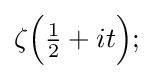
\zeta {\Bigl (}{\tfrac {1}{2}}+it{\Bigr )};